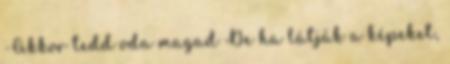
-Akkor tedd oda magad De ha látják a képeket,